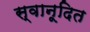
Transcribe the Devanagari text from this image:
स्वानूदित